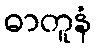
ဓာတူနံ